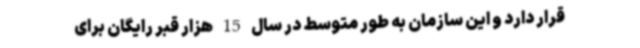
قرار دارد و این سازمان به طور متوسط در سال 15 هزار قبر رایگان برای